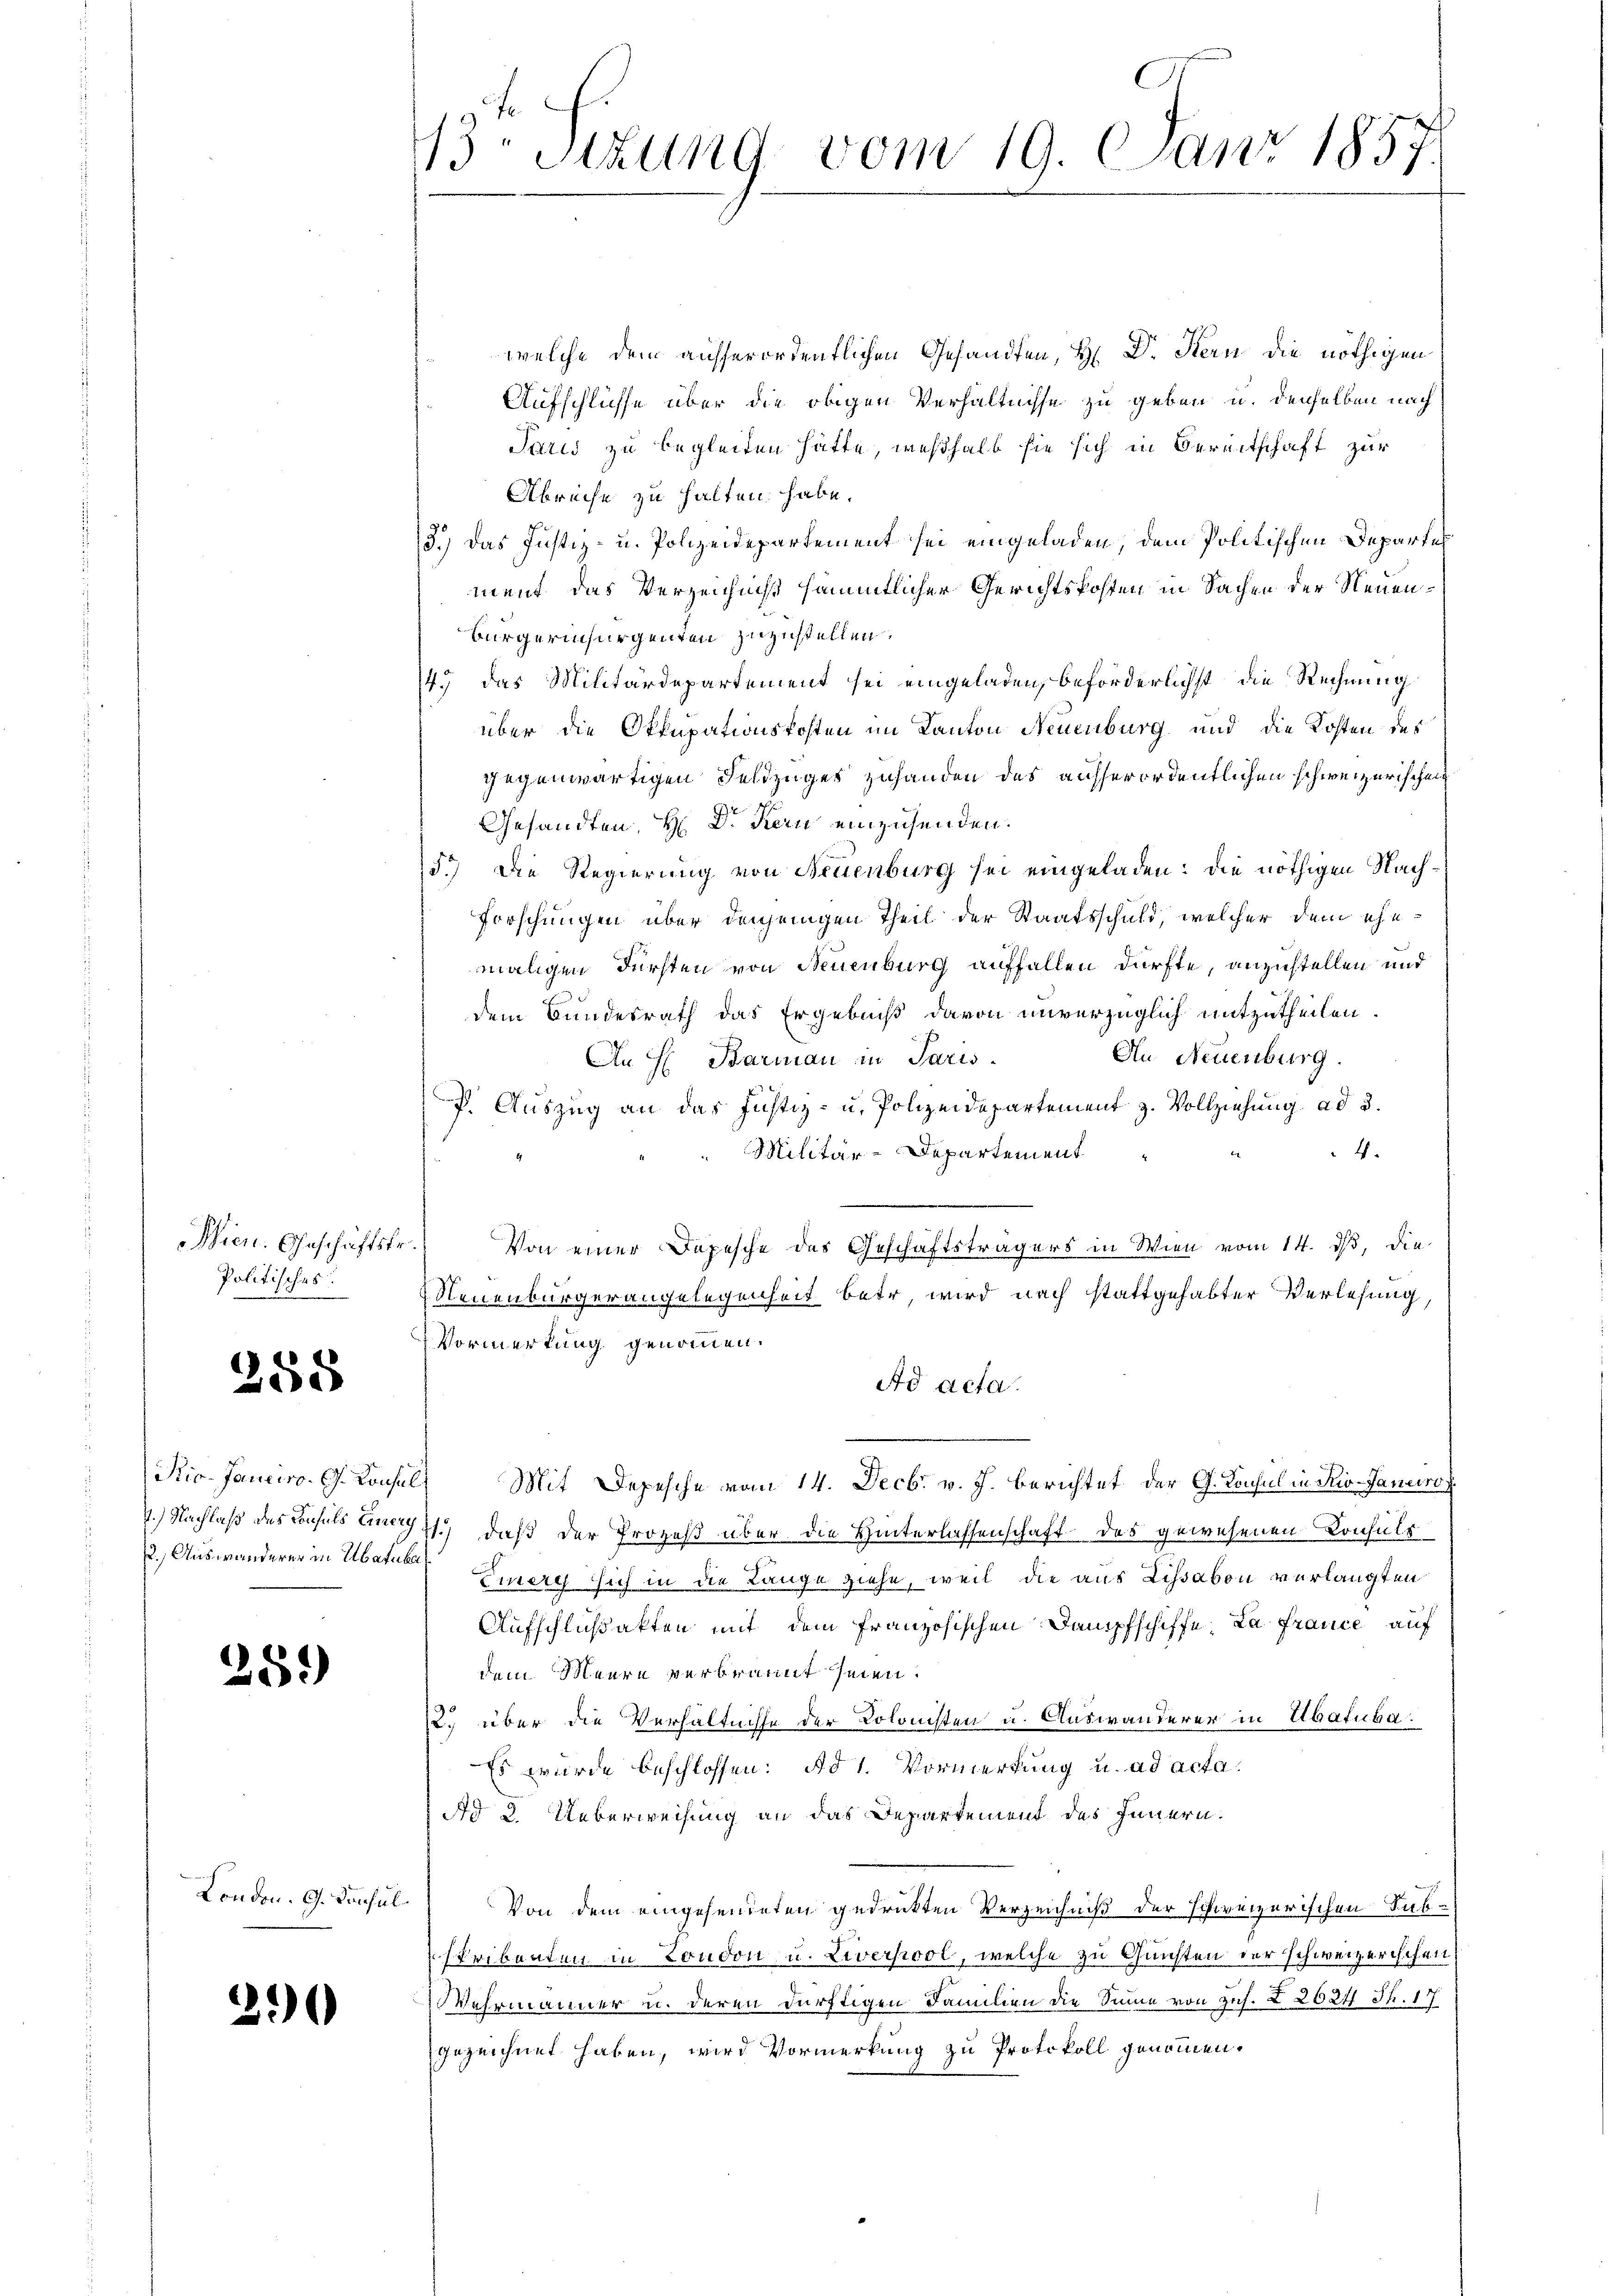
Wien. Geschäftste
Politisches

258

2., Auswanderer in Abatube

259)

London. G. Consul

21

.
13. Sitzung vom 19. Janr 185
7.

welche dem ausserordentlichen Gesandten, H. Dr. Stern die nöthigen
Aufschlüsse über die obigen Verhältnisse zu geben u. denselben nach
Paris zu begleiten hätte, weßhalb sie sich in Bereitschaft zur
Abreise zu halten habe.
3.) Das Justiz- u. Polizeidepartement sei eingeladen, dem Politischen Departement das Verzeichniß sämmtlicher Gerichtskosten in Sachen der Neuen¬
Bürgerinsurgenten zuzustellen,
14.) Das Militärdepartement sei eingeladen, beförderlichst die Rechnung
über die Okkupationskosten im Kanton Neuenburg und die Kosten des
gegenwärtigen Feldzuges zuhanden des ausserordentlichen schweizerischen
Gesandten H Dr. Kern einzusenden.
5.) Die Regierung von Neuenburg sei eingeladen: die nöthigen Nach¬
Forschungen über denjenigen Theil der Staatsschuld, welcher dem ehemaligen Fürsten von Neuenburg auffallen dürfte, anzustellen und
dem Bundesrath das Ergebniß davon unverzüglich mitzutheilen.
An Neuenburg.
An H. Barman in Paris
J. Auszug an das Justiz- u. Polizeidepartement z. Vollziehung ad 3.
4.
Militär-Departement
h
Von einer Depesche des Geschäftsträgers in Wien vom 14. ds, die
Neuenburgerangelegenheit betr, wird nach stattgehabter Verlesung,
Vormerkung genommen.
Ad acta.
Ric-Janciro. G. Konsul, Mit Depesche vom 14. Decbr. v. J. berichtet der G. Konsul in Rio. Janeiro
7.) Nachlaß des Consuls Einey, daß der Prozeß über die Hinterlassenschaft des gewesenen Consuls
Emery sich in die Länge ziehe, weil die aus Lissabon verlangten
Aufschlußakten mit dem französischen Dampfschiffe, da france auf
dem Meere verbrannt seien.
12. über die Verhältnisse der Kolonisten u. Auswanderer in Abatula¬
Es wurde beschlossen: Ad 1. Vormerkung u. ad acta.
 No 2. Ueberweisung an das Departement des Innern.
Von dem eingesendeten gedrukten Verzeichniß der schweizerischen Subscribenten in London u. Liverpool, welche zu Quichten der schweizerischen¬
Wehrmänner u. deren dürftigen Familien die Sinne von zus. § 2024 S. 17
gezeichnet haben, wird Vormerkung zu Protokoll genommen.